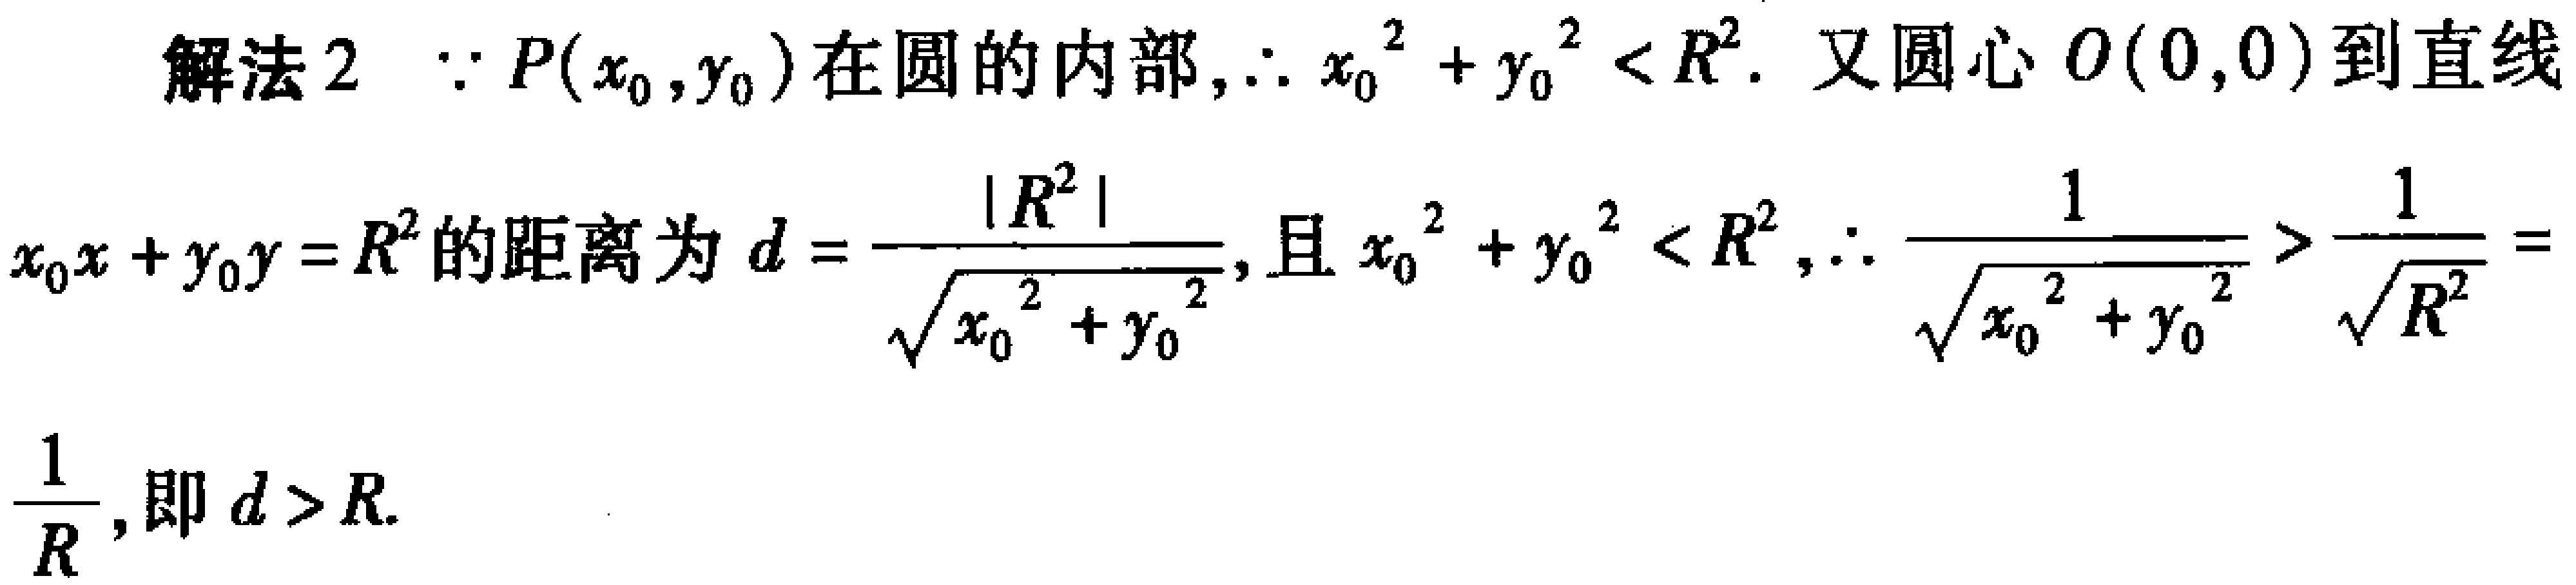
解法2 $\because P(x_{0},y_{0})$在圆的内部,$\therefore x_{0}^{2}+y_{0}^{2}<R^{2}$. 又圆心$O(0,0)$到直线
$x_{0}x + y_{0}y = R^{2}$的距离为$d = \dfrac{|R^{2}|}{\sqrt{x_{0}^{2}+y_{0}^{2}}}$,且$x_{0}^{2}+y_{0}^{2}<R^{2}$,$\therefore \dfrac{1}{\sqrt{x_{0}^{2}+y_{0}^{2}}}>\dfrac{1}{\sqrt{R^{2}}} =$
$\dfrac{1}{R}$,即$d > R$.